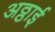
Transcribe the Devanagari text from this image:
अठ्ठाई